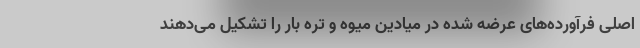
اصلی فرآورده‌های عرضه شده در میادین میوه و تره بار را تشکیل می‌دهند